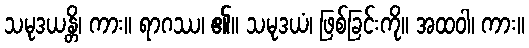
သမုဒယန္တိ၊ ကား။ ရာဂဿ၊ ၏။ သမုဒယံ၊ ဖြစ်ခြင်းကို။ အထဝါ၊ ကား။